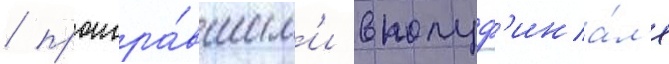
/ проигра́вшим'и в полуф'ина́л'е